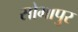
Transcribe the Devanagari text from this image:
सोभापुर